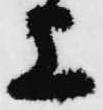
上